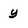
Character: y